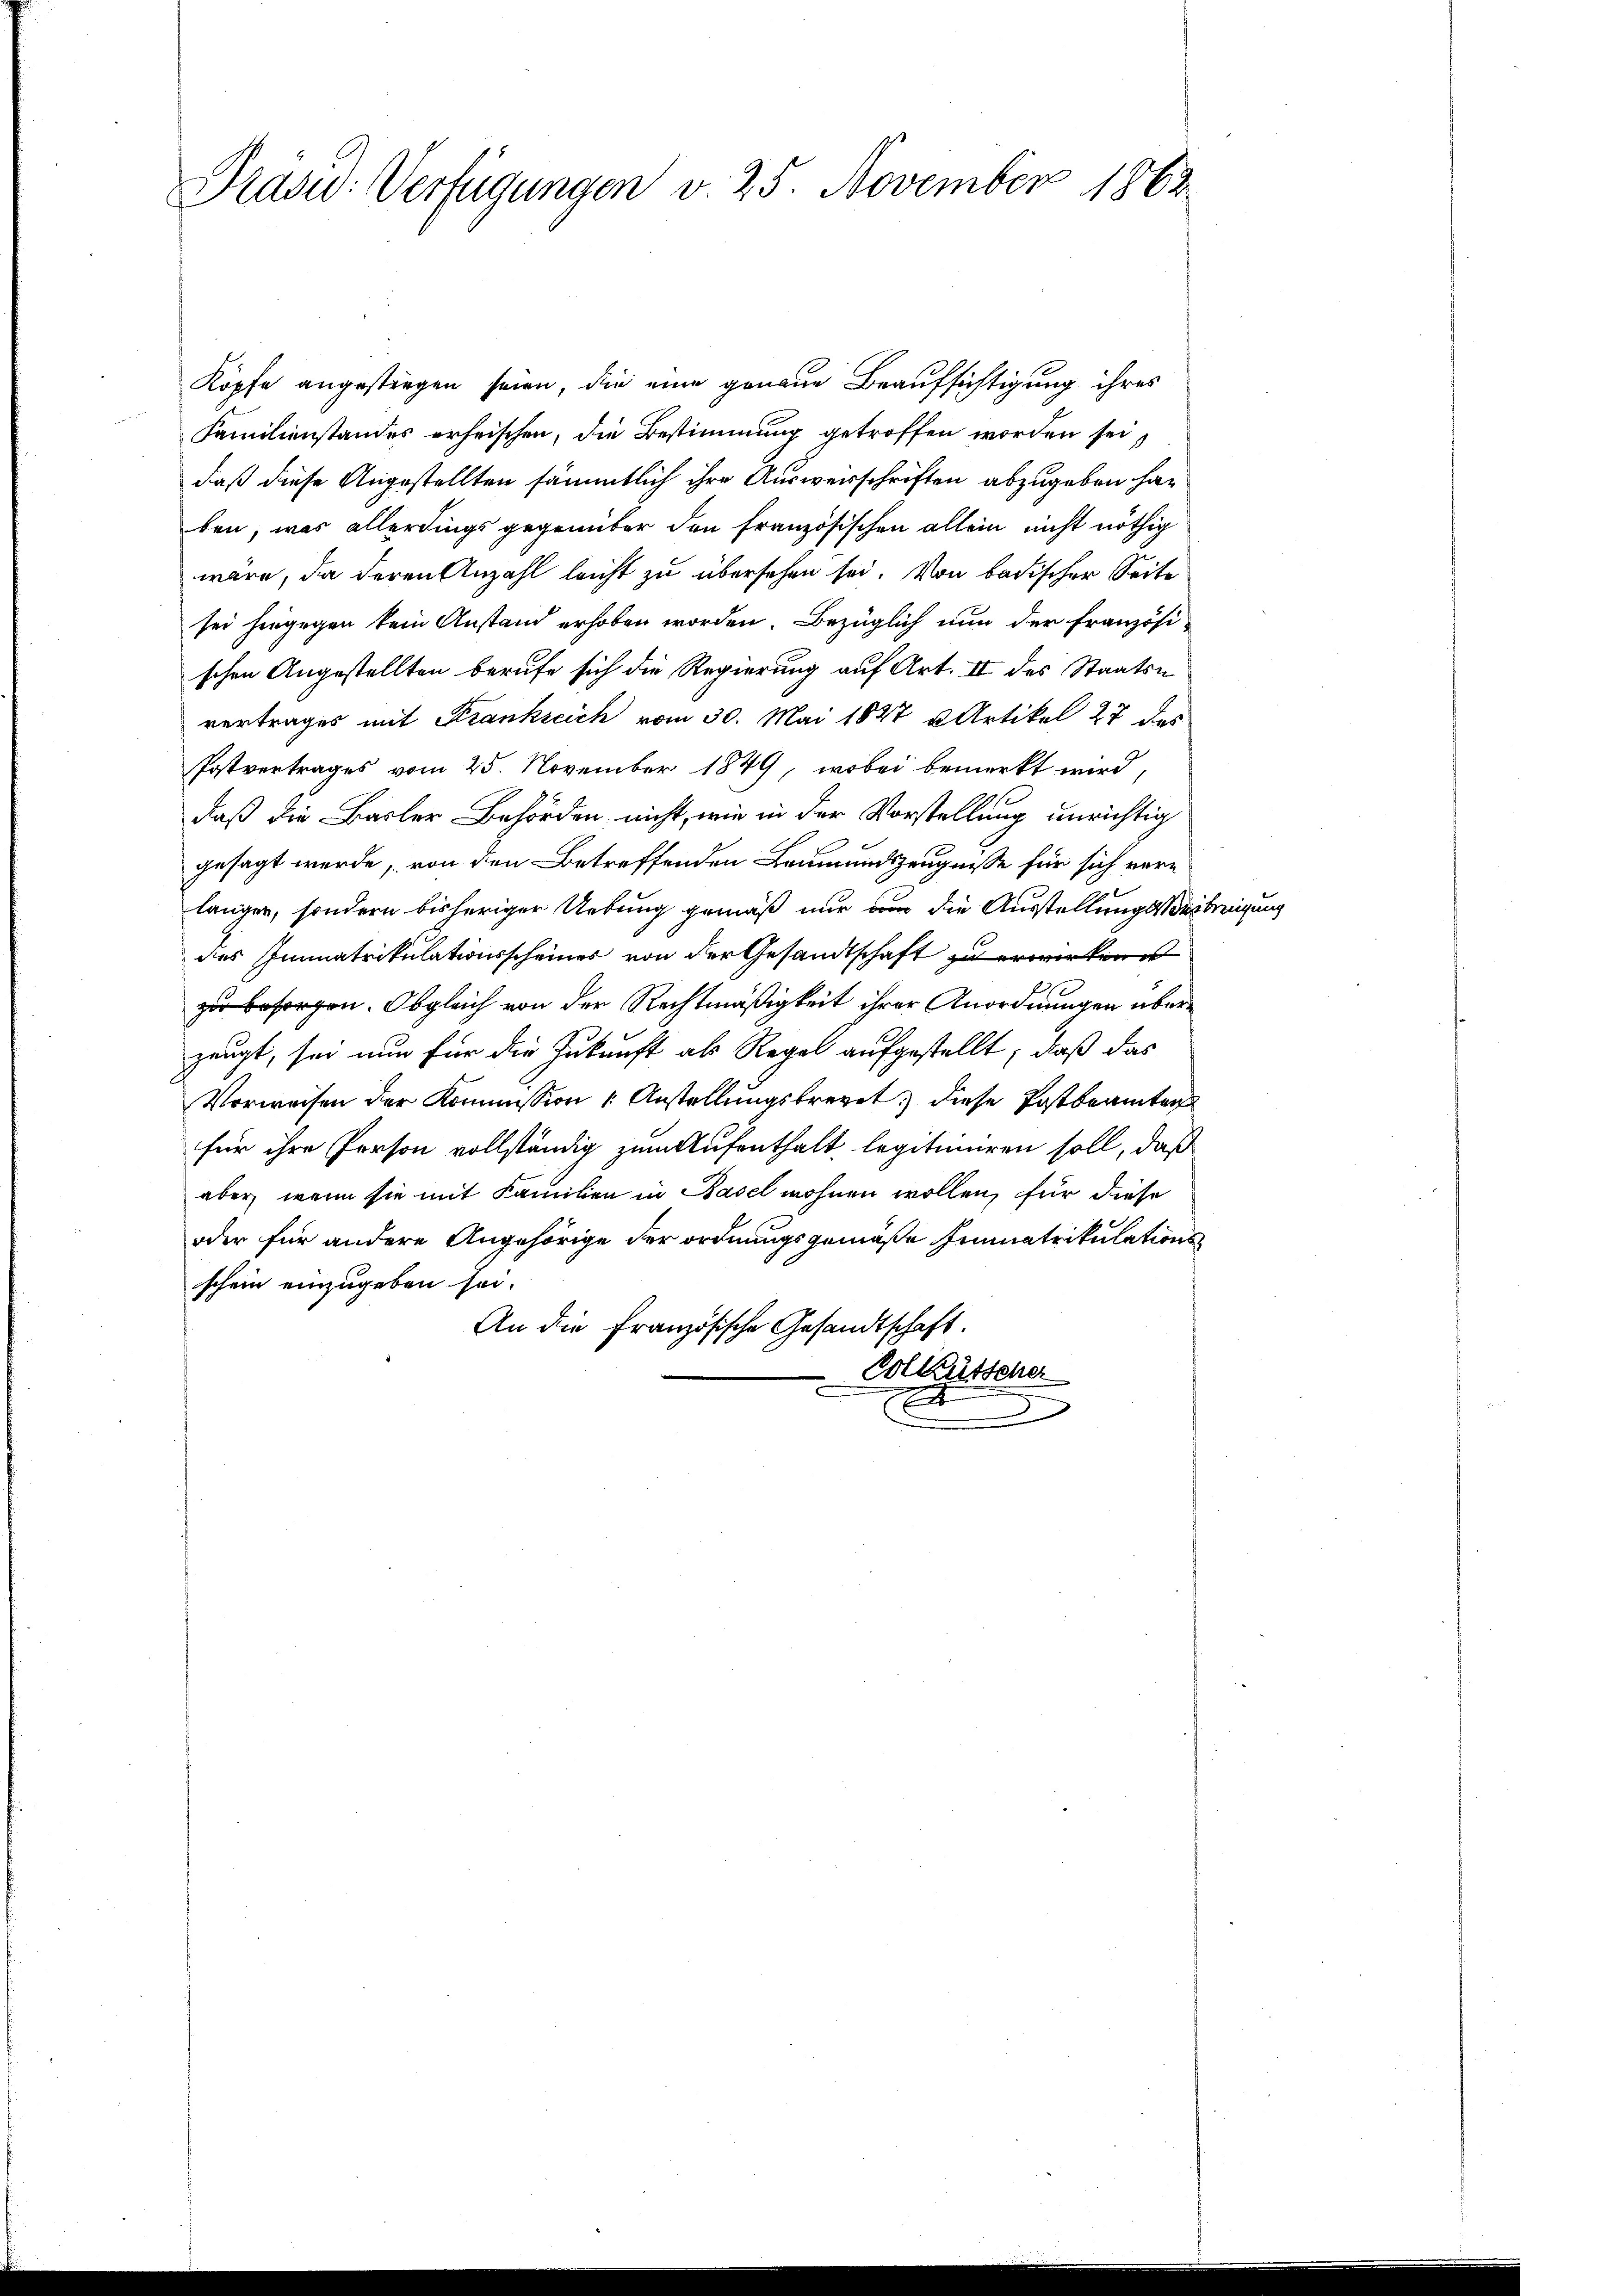
Präsid. Verfügungen v. 25. November 1862.

Köpfe angestiegen seien, die eine genaue Beaufsichtigung ihres
Familienstandes erheischen, die Bestimmung getroffen worden sei,
daß diese Angestellten sämmtlich ihre Ausweisschriften abzugeben haben, was allerdings gegenüber den französischen allein nicht nöthig
wäre, da deren Anzahl leicht zu übersehen sei. Von badischer Seite
sei hingegen kein Anstand erhoben worden. Bezüglich nun der französi-
schen Angestellten berufe sich die Regierung auf Art. II des Staatsvertrages mit Frankreich vom 30. Mai 1827 u. Artikel 27 des
Postvertrages vom 25. November 1849, wobei bemerkt wird,
daß die Basler Behörden nicht, wie in der Vorstellung unrichtig
gesagt werde, von den Betreffenden Leumundszeugnisse für sich verlänger, sondern bisheriger Uebung gemäß nur dem die AusstellungsVerbreigung
des Immatrikulationsscheines von der Gesandtschaft zu erwirken
zu besorgen. Obgleich von der Rechtmäßigkeit ihrer Anordnungen überzeugt, sei nun für die Zukunft als Regel aufgestellt, daß das
Vorweisen der Kommission Anstellŭngsfrevet diese Postbeamten
für ihre Person vollständig zum Aufenthalt, legitimiren soll, daß
aber wenn sie mit Familien in Basel wohnen wollen, für diese
oder für andere Angehörige der ordnungsgemäße Immatrikulationsschein einzugeben sei.
An die Französische Gesandtschaft.
Voltütscher
.
e